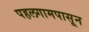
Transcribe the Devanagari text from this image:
पहलगामपासून